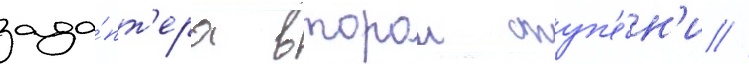
ада́пт'ера второи ступ'е́н'и //